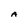
Character: A